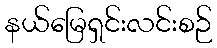
နယ်မြေရှင်းလင်းစဉ်